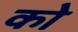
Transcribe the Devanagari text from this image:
काेे